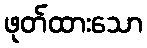
ဖုတ်ထားသော